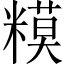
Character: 糢